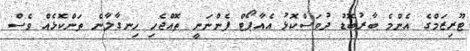
ޓޫރިޒަމްގެ އެންމެ ބާރުބޮޑު ދުވަސްކޮޅު އެއާޕޯޓް ފެންނަނީ ތޮއްޖެހި ހިނގާލާނެ ތަންކޮޅެއް ވެސް